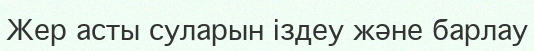
Жер асты суларын іздеу және барлау